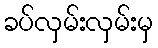
ခပ်လှမ်းလှမ်းမှ